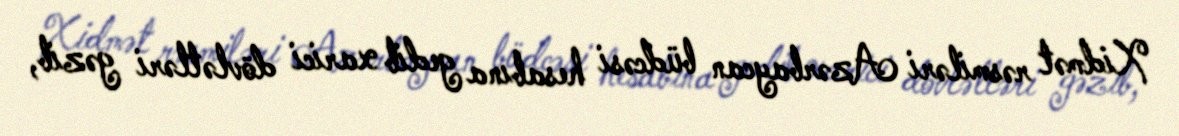
Xidmət rəsmiləri Azərbaycan büdcəsi hesabına gedib xarici dövlətləri gəzib,